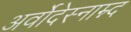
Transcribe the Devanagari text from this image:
अर्वोदेस्नाम्न्द